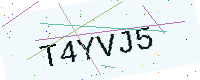
Text: T4YVJ5